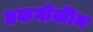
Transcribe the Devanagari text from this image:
तकनीकीय